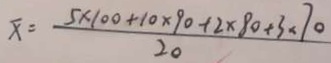
\overline { x } = \frac { 5 \times 1 0 0 + 1 0 \times 9 0 + 2 \times 8 0 + 3 \times 7 0 } { 2 0 }